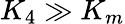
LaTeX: K_{4}\gg K_{m}